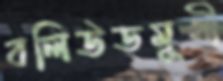
বলিউডমুখী